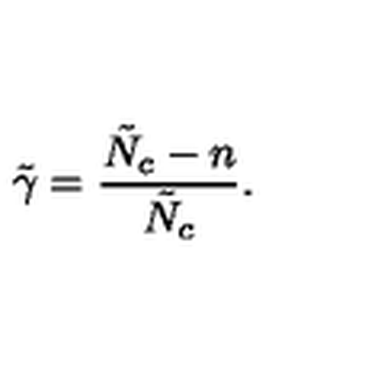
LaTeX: \tilde { \gamma } = \frac { \tilde { N } _ { c } - n } { \tilde { N } _ { c } } .